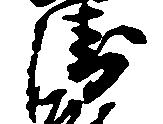
衛